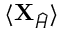
\langle { \mathbf { X } } _ { \widehat { H } } \rangle